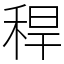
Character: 稈